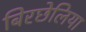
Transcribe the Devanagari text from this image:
बिरछेलिया